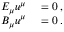
\begin{array} { r l } { E _ { \mu } u ^ { \mu } } & { { } = 0 \; , } \\ { B _ { \mu } u ^ { \mu } } & { { } = 0 \; . } \end{array}